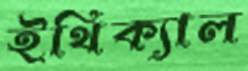
ইথিক্যাল